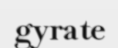
gyrate